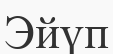
Эйүп